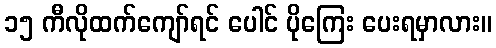
၁၅ ကီလိုထက်ကျော်ရင် ပေါင် ပိုကြေး ပေးရမှာလား။